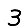
Digit: 3